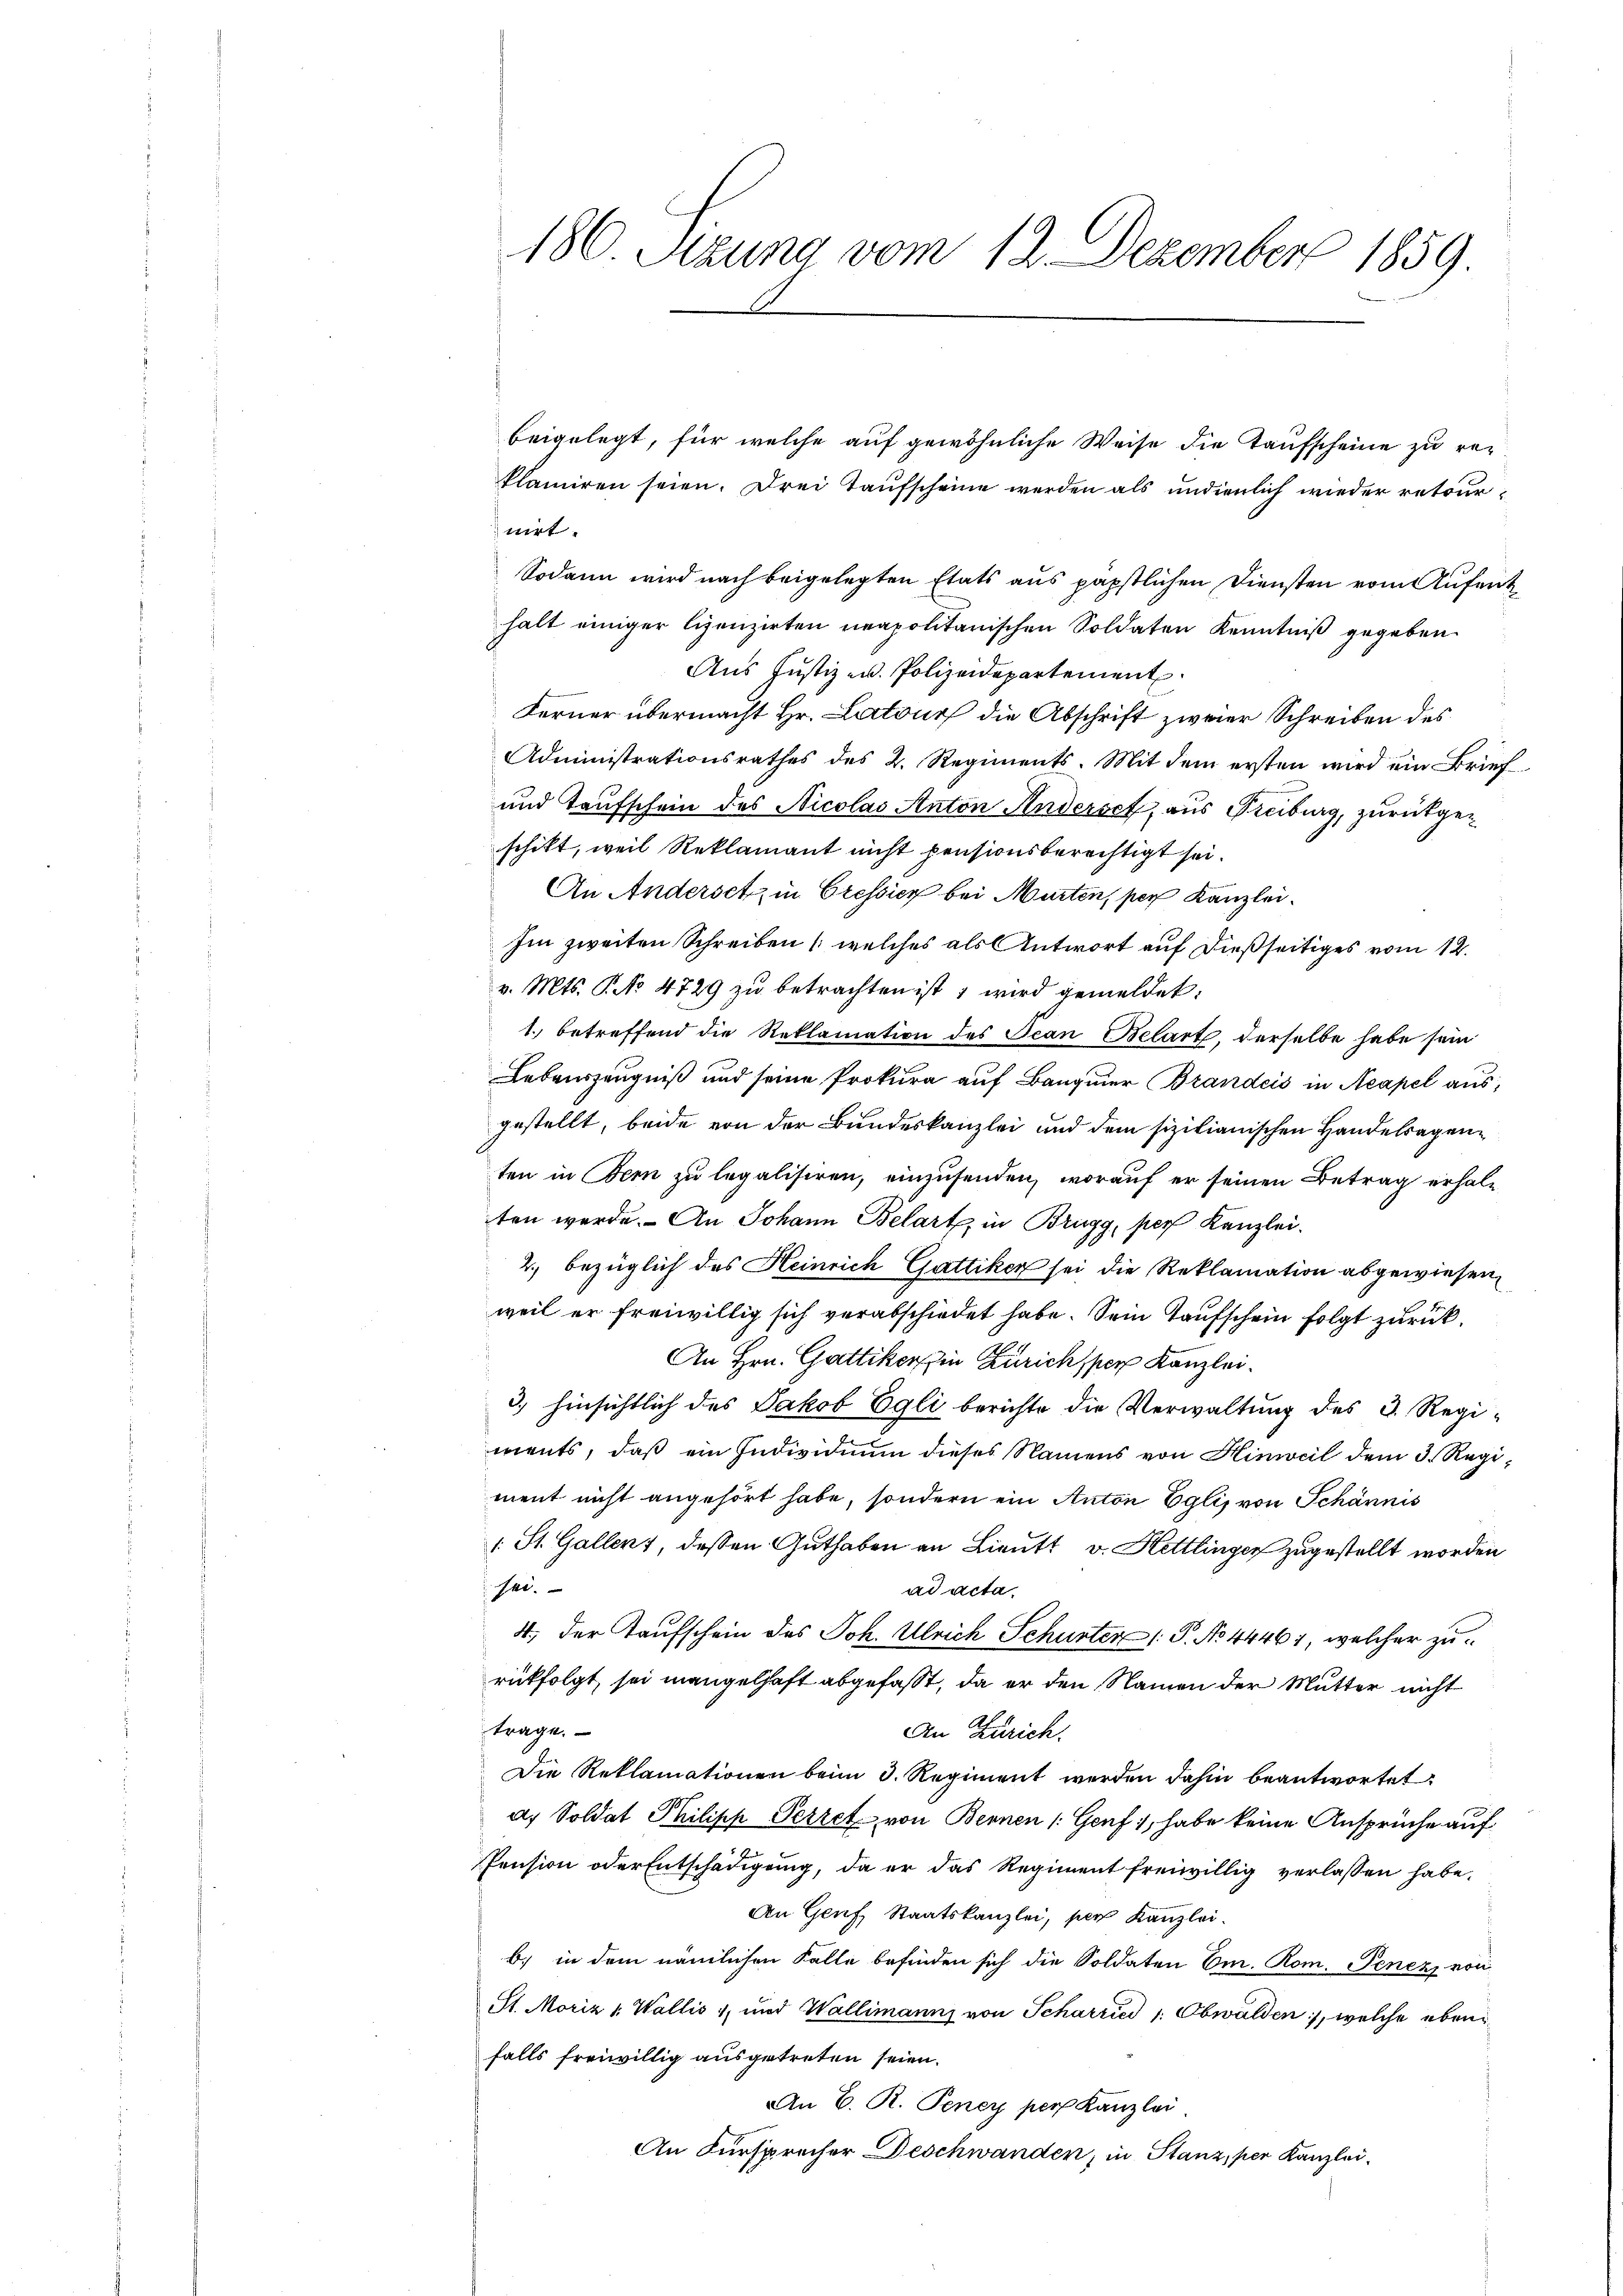
186. Sizung vom 12. Dezember 1859.

beigelegt, für welche auf gewöhnliche Weise die Taufscheine zu reklamiren seien. Drei Taufscheine werden als undienlich wieder retournirt.
Sodann wird nach beigelegten Etats aus päpstlichen Diensten vom Aufent
halt einiger Lizenzirten neapolitanischen Soldaten Kenntniß gegeben.
Aus Justiz u. Polizeidepartement
Ferner übermacht Hr. Latour die Abschrift zweier Schreiben des
Administrationsrathes des 2. Regiments. Mit dem ersten wird ein Brief
und Taufschein des Nicolas Anton Anderseh, aus Freiburg, zurückgeschikt, weil Reklamant nicht pensionsberechtigt sei.
An Andersetz in Cressier bei Murten, per Kanzlei¬
Im zweiten Schreiben (welches als Antwort auf dießseitiges vom 12.
v. Mts. No 4729 zu betrachten ist, wird gemeldet:
1.) betreffend die Reklamation des Jean Belart, derselbe habe sein
Lebenszeugniß und seine Prokura auf Bauger Brandeis in Neapel aus,
gestellt, beide von der Bundeskanzlei und dem sizilianischen Handelsagenten in Bern zu legalisiren, einzusenden, worauf er seinen Betrag erhalten werde. An Johann Belart, in Brugg, per Kanzlei.
2., bezüglich des Heinrich Gattiker sei die Reklamation abgewiesen
weil er freiwillig sich verabschiedet habe. Sein Taufschein folgt zurück¬
An Hrn. Gattiker in Zürichsper Kanzlei.
3.) hinsichtlich des Jakob Egli berichte die Verwaltung des 3. Regiments, daß ein Individium dieses Namens von Hinweil dem 3. Regiment nicht angehört habe, sondern ein Anton Eglis von Schännis
1 St. Gallenz, dessen Guthaben an Lieutt v. Hettlinger zugestellt worden
sei.
ad acta
4. der Taufschein des Joh. Ulrich Schurter P. No 44461, welcher zurückfolgt, sei mangelhaft abgefaßt, da er den Namen der Mutter nicht
trage.
An Zürich.
Die Reklamationen beim 3. Regiment werden dahin beantwortet
d. Soldat Philipp Perret von Bennen (Genf 1, habe keine Ansprüche auf
Pension oder Entschädigung, da er das Regiment freiwillig verlassen habe.
An Genf, Staatskanzlei, per Kanzlei.
b) in dem nämlichen Kalte befinden sich die Soldaten Em. Rom. Penez, von
St. Moriz 1. Wallis, und Wallimanns von Scharried 1. Obwalden, welche ebenfalls freiwillig ausgetreten seien.
An E. R. Teney pers Kanzlei.
An Fürsprecher Deschwanden, in Stanz, per Kanzlei¬